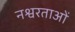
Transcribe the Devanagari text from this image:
नश्वरताओं